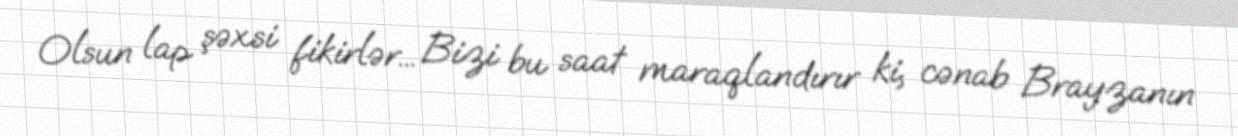
Olsun lap şəxsi fikirlər... Bizi bu saat maraqlandırır ki, cənab Brayzanın